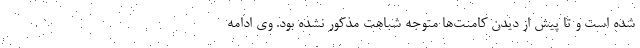
شده است و تا پیش از دیدن کامنت‌ها متوجه شباهت مذکور نشده بود. وی ادامه